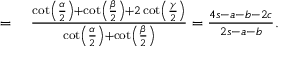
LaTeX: \begin{array} { r l } { = { } } & { { } { \frac { \cot \left( { \frac { \alpha } { 2 } } \right) + \cot \left( { \frac { \beta } { 2 } } \right) + 2 \cot \left( { \frac { \gamma } { 2 } } \right) } { \cot \left( { \frac { \alpha } { 2 } } \right) + \cot \left( { \frac { \beta } { 2 } } \right) } } = { \frac { 4 s - a - b - 2 c } { 2 s - a - b } } . } \end{array}